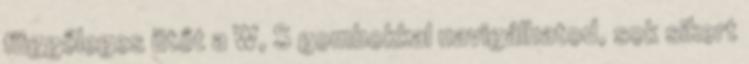
függőleges ütőt a W, S gombokkal navigálhatod, sok sikert